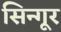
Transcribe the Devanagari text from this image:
सिन्गूर